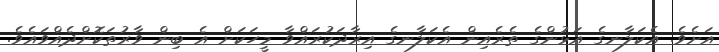
އަށެވެ. އެކަލާނގެ އަޅުންގެ ތެރެއިން އެކަލާނގެ އިރާދަކުރައްވާ މީހަކަށް އެ ބިން ވާރުތަކޮށްދެއްވައެވެ.